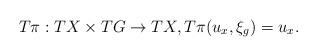
LaTeX: \begin{align*}T\pi:TX\times TG\rightarrow TX,T\pi(u_x,\xi_g)=u_x.\end{align*}